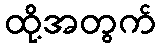
ထို့အတွက်